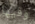
وفيها